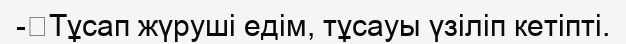
-	Тұсап жүруші едім, тұсауы үзіліп кетіпті.